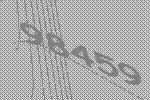
98459